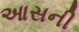
આસની